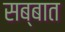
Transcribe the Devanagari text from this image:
सब्बात